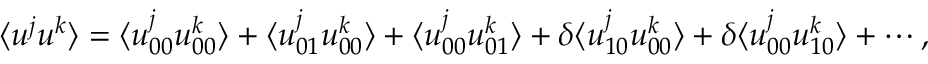
\langle { u ^ { j } u ^ { k } } \rangle = \langle { u _ { 0 0 } ^ { j } u _ { 0 0 } ^ { k } } \rangle + \langle { u _ { 0 1 } ^ { j } u _ { 0 0 } ^ { k } } \rangle + \langle { u _ { 0 0 } ^ { j } u _ { 0 1 } ^ { k } } \rangle + \delta \langle { u _ { 1 0 } ^ { j } u _ { 0 0 } ^ { k } } \rangle + \delta \langle { u _ { 0 0 } ^ { j } u _ { 1 0 } ^ { k } } \rangle + \cdots ,